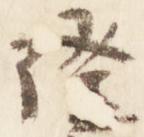
隆